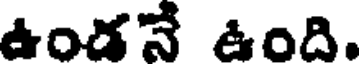
ఉండనే ఉంది.